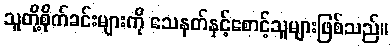
သူတို့စိုက်ခင်းများကို သေနတ်နှင့်စောင့်သူများဖြစ်သည်။